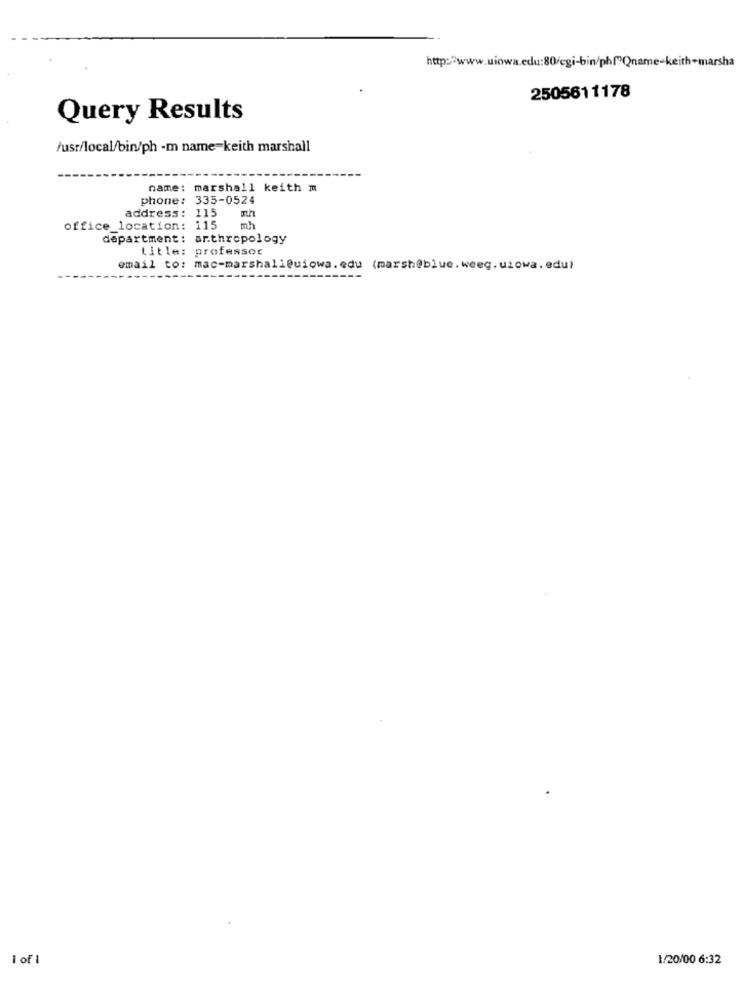
http:/www.uiowa.edu:80/cgi-bin/ph("Qnan
e-keith
2505611178
Query Results
/usr/local/bin/ph -m name=keith marshall
name: marshall keith m
phone: 335-0524
address :
115
office_location: 115
mh
department: anthropology
title: professor
email to: mac-marshall@uiowa.edu (marsh@blue.weeg.użowa. edul
1 of 1
1/20/00 6:32